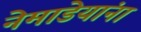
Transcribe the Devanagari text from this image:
नेमाडेयांना